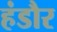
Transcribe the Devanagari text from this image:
हंडौर